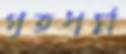
গৃহধর্ম